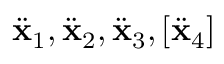
\ddot { { \mathbf x } } _ { 1 } , \ddot { { \mathbf x } } _ { 2 } , \ddot { { \mathbf x } } _ { 3 } , [ \ddot { { \mathbf x } } _ { 4 } ]